Lunatic asylums in Bengal annual reports 1899-1911 - 1899-1911
Year: 1899
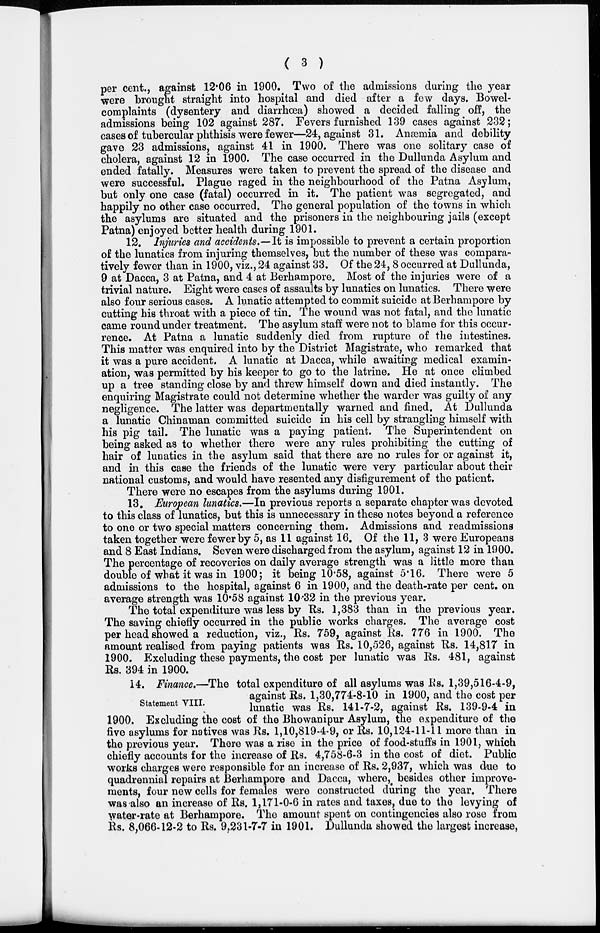
( 3 )
per cent., against 12.06 in 1900. Two of the admissions during the year
were brought straight into hospital and died after a few days. Bowel-
complaints (dysentery and diarrhœa) showed a decided falling off, the
admissions being 102 against 287. Fevers furnished 139 cases against 232;
cases of tubercular phthisis were fewer—24, against 31. Anæmia and debility
gave 23 admissions, against 41 in 1900. There was one solitary case of
cholera, against 12 in 1900. The case occurred in the Dullunda Asylum and
ended fatally. Measures were taken to prevent the spread of the disease and
were successful. Plague raged in the neighbourhood of the Patna Asylum,
but only one case (fatal) occurred in it. The patient was segregated, and
happily no other case occurred. The general population of the towns in which
the asylums are situated and the prisoners in the neighbouring jails (except
Patna) enjoyed better health during 1901.
12. Injuries and accidents.—It is impossible to prevent a certain proportion
of the lunatics from injuring themselves, but the number of these was compara-
tively fewer than in 1900, viz., 24 against 33. Of the 24, 8 occurred at Dullunda,
9 at Dacca, 3 at Patna, and 4 at Berhampore. Most of the injuries were of a
trivial nature. Eight were cases of assaults by lunatics on lunatics. There were
also four serious cases. A lunatic attempted to commit suicide at Berhampore by
cutting his throat with a piece of tin. The wound was not fatal, and the lunatic
came round under treatment. The asylum staff were not to blame for this occur-
rence. At Patna a lunatic suddenly died from rupture of the intestines.
This matter was enquired into by the District Magistrate, who remarked that
it was a pure accident. A lunatic at Dacca, while awaiting medical examin-
ation, was permitted by his keeper to go to the latrine. He at once climbed
up a tree standing close by and threw himself down and died instantly. The
enquiring Magistrate could not determine whether the warder was guilty of any
negligence. The latter was departmentally warned and fined. At Dullunda
a lunatic Chinaman committed suicide in his cell by strangling himself with
his pig tail. The lunatic was a paying patient. The Superintendent on
being asked as to whether there were any rules prohibiting the cutting of
hair of lunatics in the asylum said that there are no rules for or against it,
and in this case the friends of the lunatic were very particular about their
national customs, and would have resented any disfigurement of the patient.
There were no escapes from the asylums during 1901.
13. European lunatics.—In previous reports a separate chapter was devoted
to this class of lunatics, but this is unnecessary in these notes beyond a reference
to one or two special matters concerning them. Admissions and readmissions
taken together were fewer by 5, as 11 against 16. Of the 11, 3 were Europeans
and 8 East Indians. Seven were discharged from the asylum, against 12 in 1900.
The percentage of recoveries on daily average strength was a little more than
double of what it was in 1900; it being 10.58, against 5.16. There were 5
admissions to the hospital, against 6 in 1900, and the death-rate per cent. on
average strength was 10.58 against 10.32 in the previous year.
The total expenditure was less by Rs. 1,383 than in the previous year.
The saving chiefly occurred in the public works charges. The average cost
per head showed a reduction, viz., Rs. 759, against Rs. 776 in 1900. The
amount realised from paying patients was Rs. 10,526, against Rs. 14,817 in
1900. Excluding these payments, the cost per lunatic was Rs. 481, against
Rs. 394 in 1900.
Statement VIII.
14. Finance.—The total expenditure of all asylums was Rs. 1,39,516-4-9,
against Rs. 1,30,774-8-10 in 1900, and the cost per
lunatic was Rs. 141-7-2, against Rs. 139-9-4 in
1900. Excluding the cost of the Bhowanipur Asylum, the expenditure of the
five asylums for natives was Rs. 1,10,819-4-9, or Rs. 10,124-11-11 more than in
the previous year. There was a rise in the price of food-stuffs in 1901, which
chiefly accounts for the increase of Rs. 4,758-6-3 in the cost of diet. Public
works charges were responsible for an increase of Rs. 2,937, which was due to
quadrennial repairs at Berhampore and Dacca, where, besides other improve-
ments, four new cells for females were constructed during the year. There
was also an increase of Rs. 1,171-0-6 in rates and taxes, due to the levying of
water-rate at Berhampore. The amount spent on contingencies also rose from
Rs. 8,066-12-2 to Rs. 9.231-7-7 in 1901. Dullunda showed the largest increase,